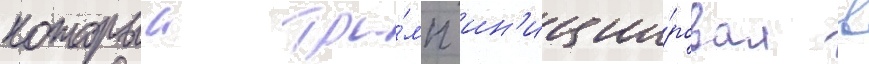
которыи тра́мп ин'иции́ровал в